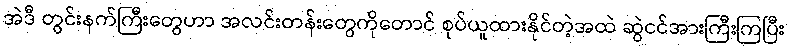
အဲဒီ တွင်းနက်ကြီးတွေဟာ အလင်းတန်းတွေကိုတောင် စုပ်ယူထားနိုင်တဲ့အထဲ ဆွဲငင်အားကြီးကြပြီး